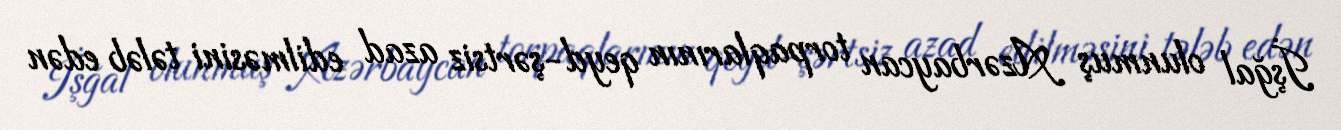
İşğal olunmuş Azərbaycan torpaqlarının qeyd-şərtsiz azad edilməsini tələb edən